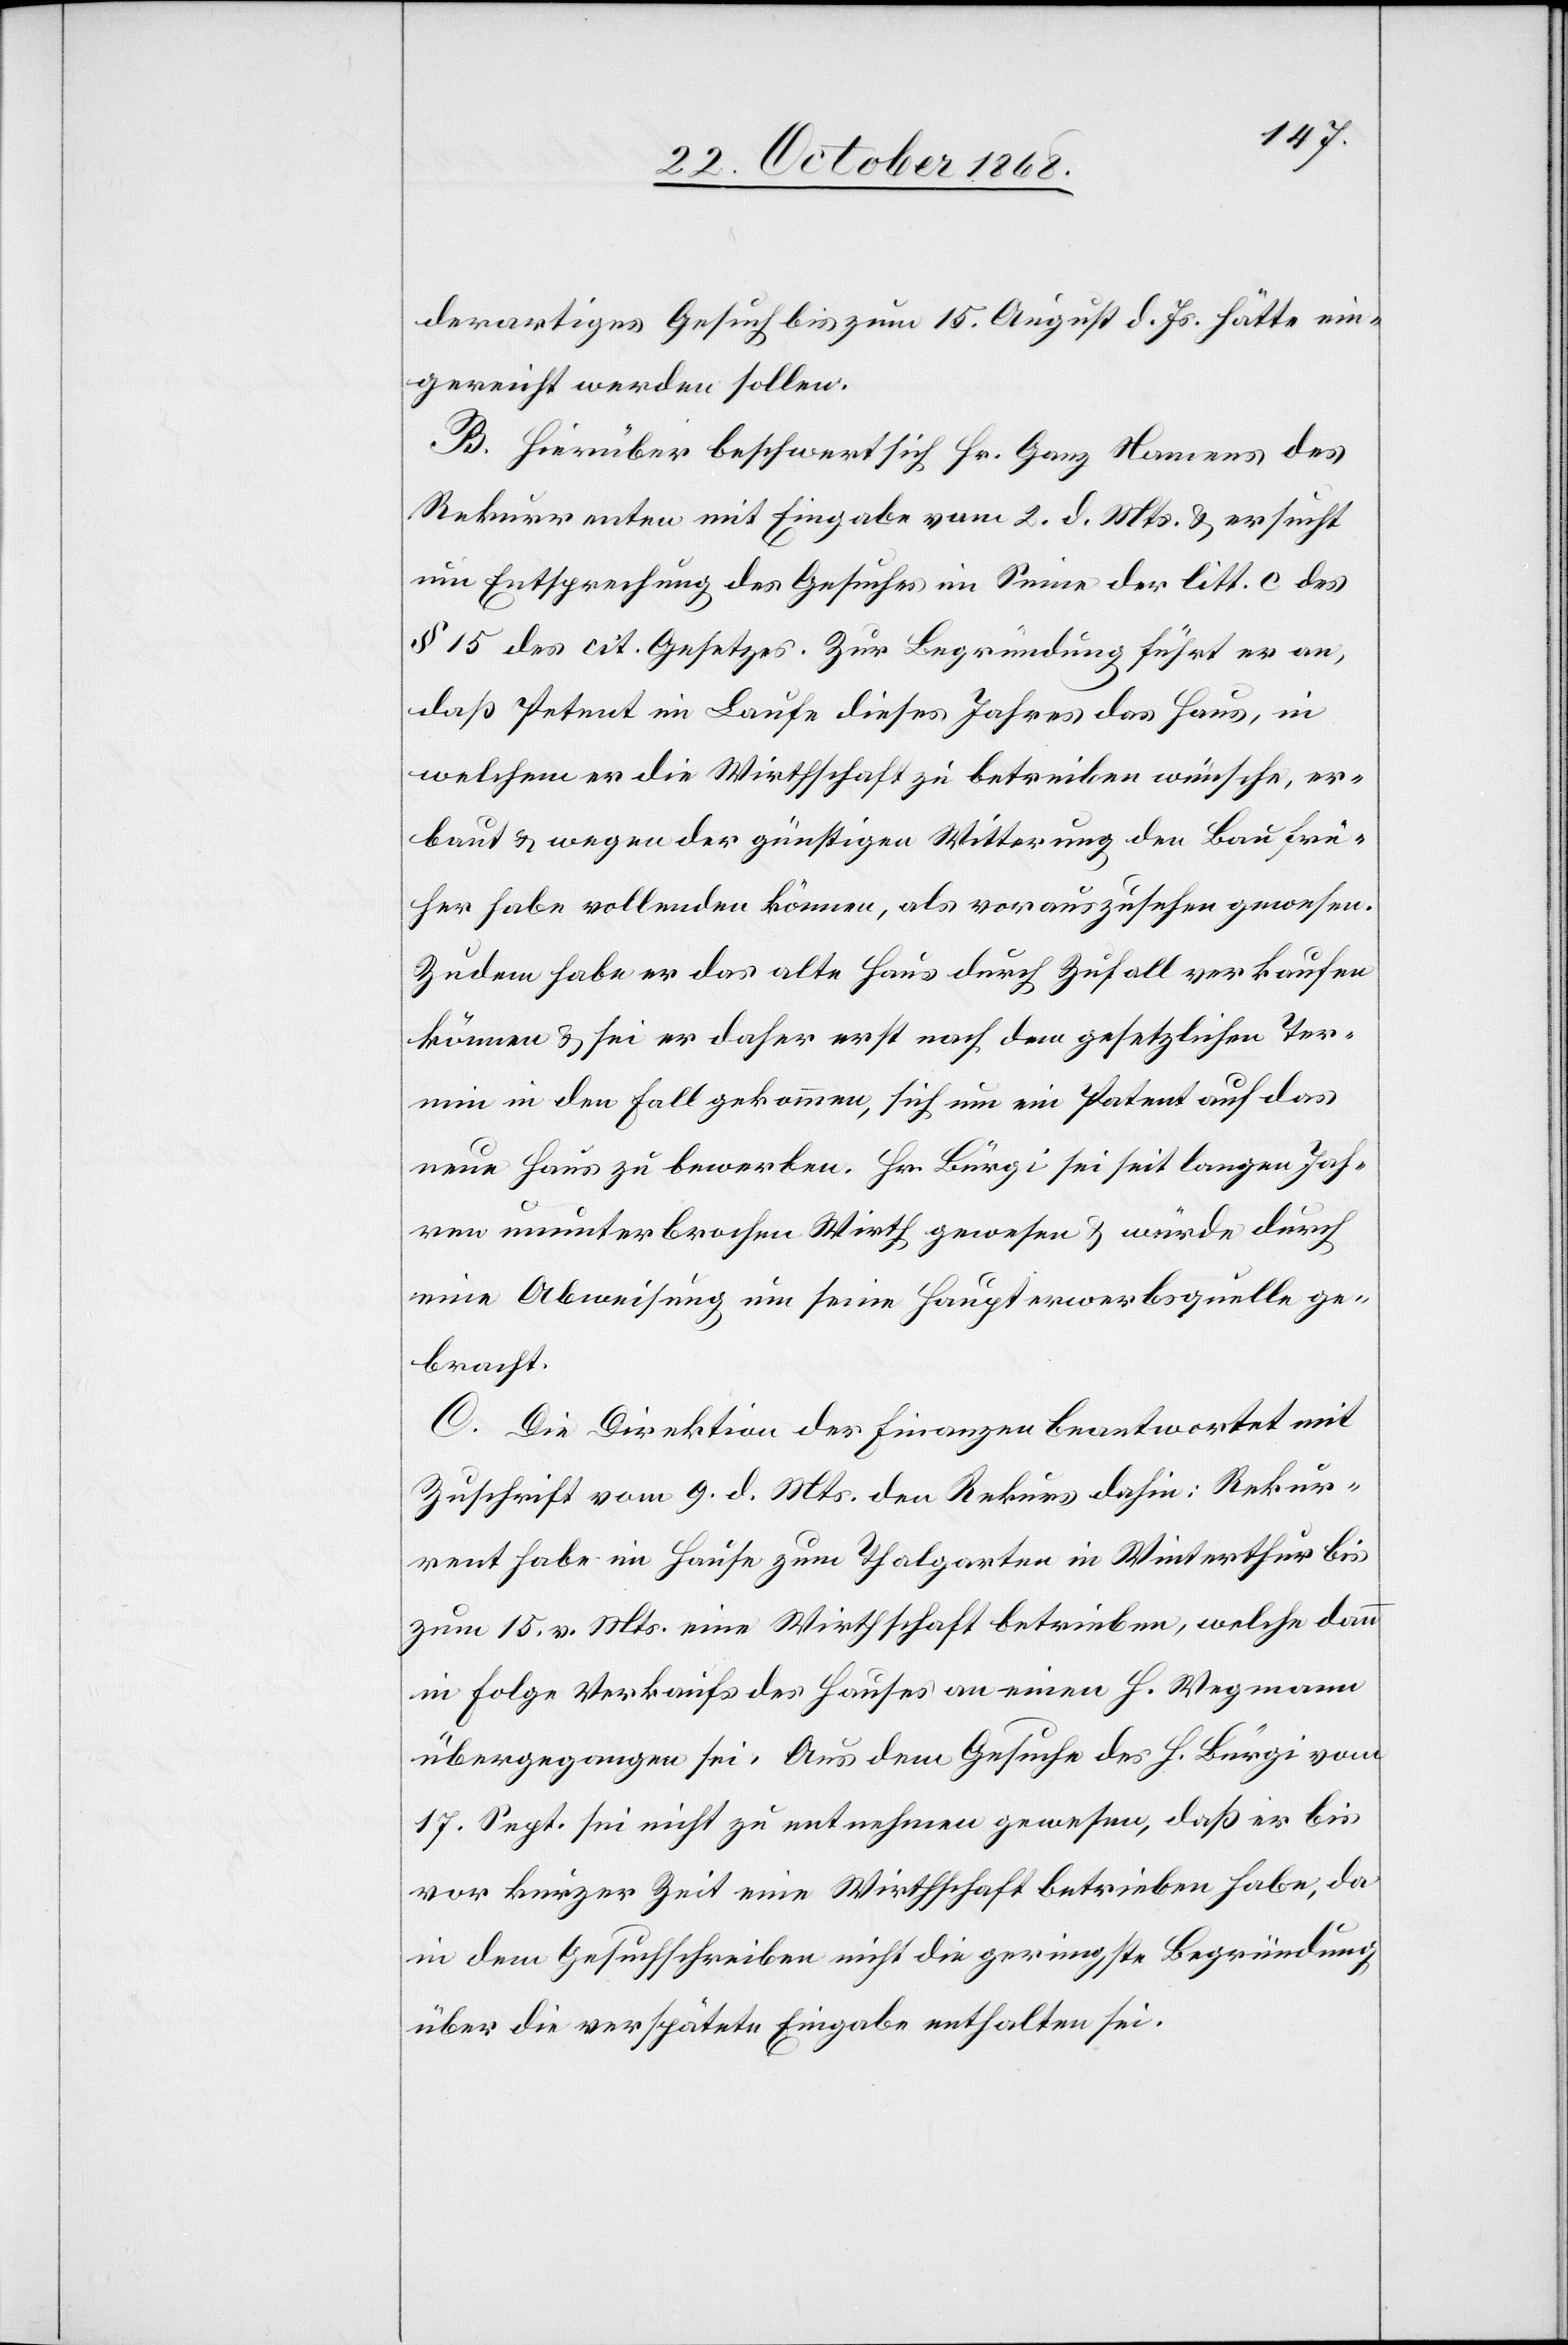
derartiges Gesuch bis zum 15. August d. Js. hätte ein¬
gereicht werden sollen.
B. Hierüber beschwert sich Hr. Ganz Namens des
Rekurrenten mit Eingabe vom 2. d. Mts. & ersucht
um Entsprechung des Gesuches im Sinne der litt. c des
§ 15 des cit. Gesetzes. Zur Begründung führt er an,
daß Petent im Laufe dieses Jahres das Haus, in
welchem er die Wirthschaft zu betreiben wünsche, er¬
baut & wegen der günstigen Witterung den Bau frü¬
her habe vollenden können, als vorauszusehen gewesen.
Zudem habe er das alte Haus durch Zufall verkaufen
können & sei er daher erst nach dem gesetzlichen Ter¬
min in den Fall gekommen, sich um ein Patent auf das
neue Haus zu bewerben. Hr. Bürgi sei seit langen Jah¬
ren ununterbrochen Wirth gewesen & würde durch
eine Abweisung um seine Haupterwerbsquelle ge¬
bracht.
C. Die Direktion der Finanzen beantwortet mit
Zuschrift vom 9. d. Mts. den Rekurs dahin: Rekur¬
rent habe im Hause zum Thalgarten in Winterthur bis
zum 15. v. Mts. eine Wirthschaft betrieben, welche dann
in Folge Verkaufs des Hauses an einen H. Wegmann
übergegangen sei. Aus dem Gesuche des H. Bürgi vom
17. Sept. sei nicht zu entnehmen gewesen, daß er bis
vor kurzer Zeit eine Wirthschaft betrieben habe, da
in dem Gesuchschreiben nicht die geringste Begründung
über die verspätete Eingabe enthalten sei.